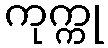
ကုက္ကု